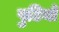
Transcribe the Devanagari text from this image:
पुटिनो